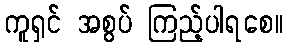
ကူရှင် အစွပ် ကြည့်ပါရစေ။